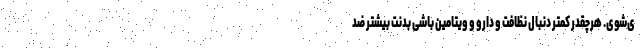
ی‌شوی. هرچقدر کمتر دنبال نظافت و دارو و ویتامین باشی بدنت بیشتر ضد